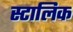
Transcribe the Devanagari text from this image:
स्टालिक